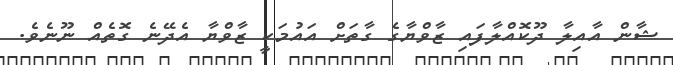
ޝާން އާއިލާ ދޫކޮއްލާފައި ޒާވްޔާގެ ގާތަށް އައުމަކީ ޒާވްޔާ އެދޭނެ ގޮތެއް ނޫނެވެ.